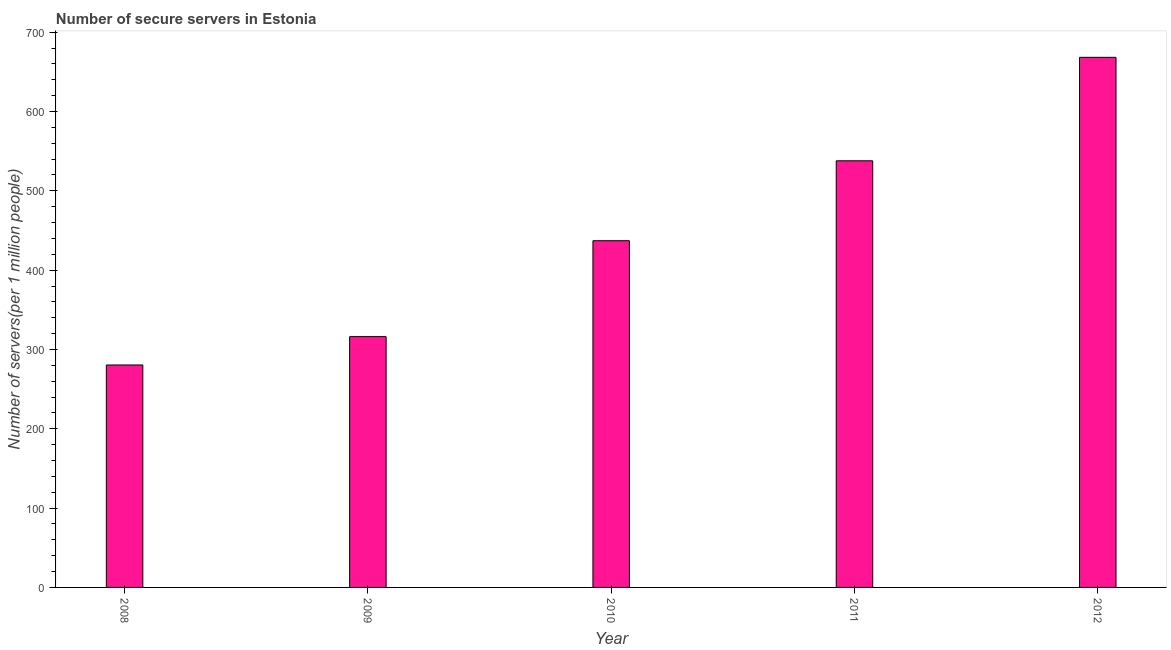
| Year | Secure Internet servers |
 | --- | --- |
 | 2008 | 280 |
 | 2009 | 316 |
 | 2010 | 437 |
 | 2011 | 538 |
 | 2012 | 668 |